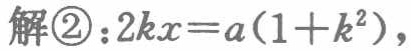
解\textcircled{2}：\(2kx = a(1 + k^{2})\)，